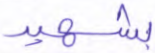
بشهيد